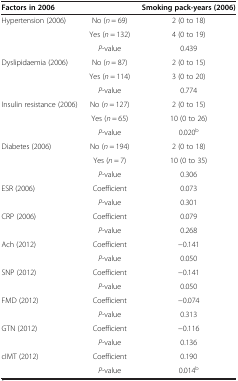
<table><thead><tr><td colspan="2"><b>Factors in 2006</b></td><td><b>Smoking pack-years (2006)</b></td></tr></thead><tbody><tr><td rowspan="3">Hypertension (2006)</td><td>No (<i>n</i> = 69)</td><td>2 (0 to 18)</td></tr><tr><td>Yes (<i>n</i> = 132)</td><td>4 (0 to 19)</td></tr><tr><td><i>P</i>-value</td><td>0.439</td></tr><tr><td rowspan="3">Dyslipidaemia (2006)</td><td>No (<i>n</i> = 87)</td><td>2 (0 to 15)</td></tr><tr><td>Yes (<i>n</i> = 114)</td><td>3 (0 to 20)</td></tr><tr><td><i>P</i>-value</td><td>0.774</td></tr><tr><td rowspan="3">Insulin resistance (2006)</td><td>No (<i>n</i> = 127)</td><td>2 (0 to 15)</td></tr><tr><td>Yes (<i>n</i> = 65)</td><td>10 (0 to 26)</td></tr><tr><td><i>P</i>-value</td><td>0.020<sup>b</sup></td></tr><tr><td rowspan="3">Diabetes (2006)</td><td>No (<i>n</i> = 194)</td><td>2 (0 to 18)</td></tr><tr><td>Yes (<i>n</i> = 7)</td><td>10 (0 to 35)</td></tr><tr><td><i>P</i>-value</td><td>0.306</td></tr><tr><td rowspan="2">ESR (2006)</td><td>Coefficient</td><td>0.073</td></tr><tr><td><i>P</i>-value</td><td>0.301</td></tr><tr><td rowspan="2">CRP (2006)</td><td>Coefficient</td><td>0.079</td></tr><tr><td><i>P</i>-value</td><td>0.268</td></tr><tr><td rowspan="2">Ach (2012)</td><td>Coefficient</td><td>-0.141</td></tr><tr><td><i>P</i>-value</td><td>0.050</td></tr><tr><td rowspan="2">SNP (2012)</td><td>Coefficient</td><td>-0.141</td></tr><tr><td><i>P</i>-value</td><td>0.050</td></tr><tr><td rowspan="2">FMD (2012)</td><td>Coefficient</td><td>-0.074</td></tr><tr><td><i>P</i>-value</td><td>0.313</td></tr><tr><td rowspan="2">GTN (2012)</td><td>Coefficient</td><td>-0.116</td></tr><tr><td><i>P</i>-value</td><td>0.136</td></tr><tr><td rowspan="2">cIMT (2012)</td><td>Coefficient</td><td>0.190</td></tr><tr><td><i>P</i>-value</td><td>0.014<sup>b</sup></td></tr></tbody></table>